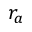
r _ { a }